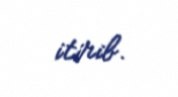
itirib.